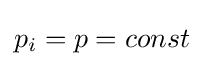
p_{i}=p=const